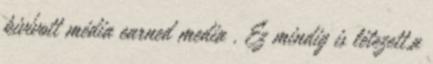
kivívott média earned media . Ez mindig is létezett,a